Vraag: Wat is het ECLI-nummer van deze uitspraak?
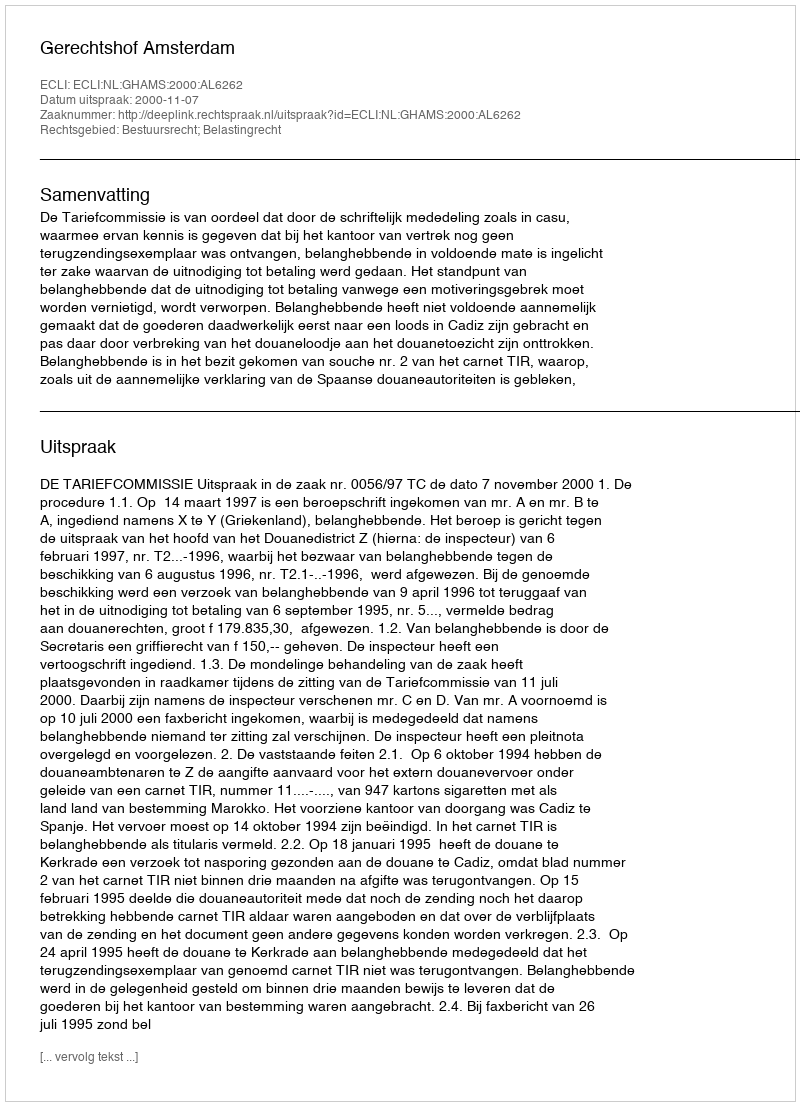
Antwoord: ECLI:NL:GHAMS:2000:AL6262